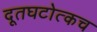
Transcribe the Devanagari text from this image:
दूतघटोत्कच